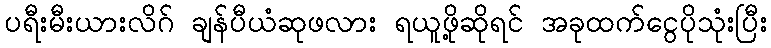
ပရီးမီးယားလိဂ် ချန်ပီယံဆုဖလား ရယူဖို့ဆိုရင် အခုထက်ငွေပိုသုံးပြီး